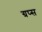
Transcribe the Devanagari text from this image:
ग्रप्स